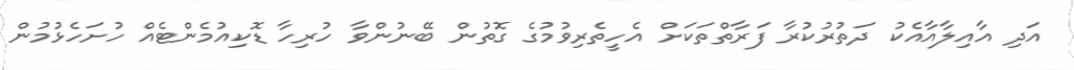
އަދި އާއިލާއާއެކު ދަތުރުކުރާ ފަރާތްތަކަށް އެހީތެރިވުމުގެ ގޮތުން ބޭނުންވާ ހުރިހާ ޑޮކިއުމެންޓެއް ހުށަހެޅުމުން